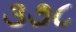
૩૭૮